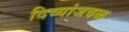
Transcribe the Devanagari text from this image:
दिव्यांजवळ